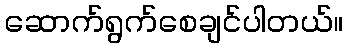
ဆောက်ရွက်စေချင်ပါတယ်။